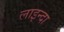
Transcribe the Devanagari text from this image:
लाइन्दा